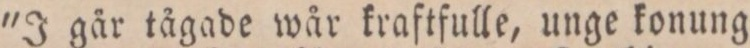
"J går tågade wår kraftfulle, unge konung